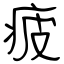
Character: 疲